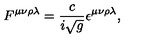
F ^ { \mu \nu \rho \lambda } = \frac { c } { i \sqrt { g } } \epsilon ^ { \mu \nu \rho \lambda } ,